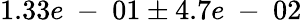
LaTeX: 1.33e\mathrm{~-~}01\pm 4.7e\mathrm{~-~}02